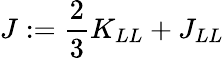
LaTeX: J:=\frac{2}{3}K_{LL}+J_{LL}